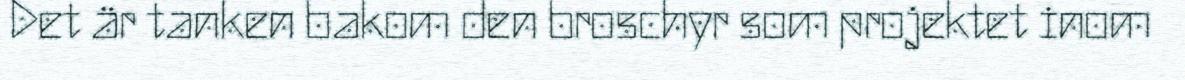
Det är tanken bakom den broschyr som projektet inom